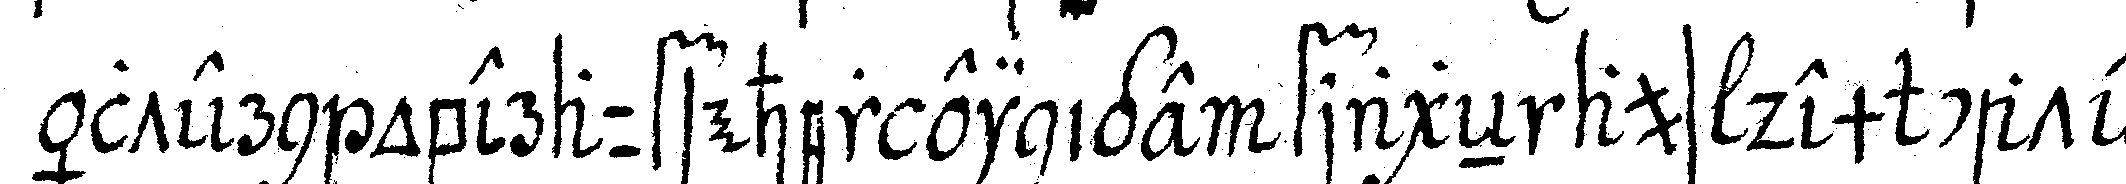
ältern oberaufseher einige frageN aus dem cate